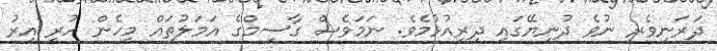
ދަރަނިވެރި ނުވެ ދުނިޔޭގައި ދިރިއުޅުމެވެ. ނަމަވެސް ގާސިމްގެ އަމަލުތައް މިހެން ހުރި އިރު